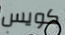
كويس